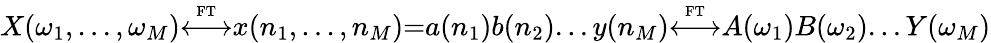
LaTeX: X(\omega_{1},...,\omega_{M}){\overset{\underset{\mathrm{FT}}{}}{\longleftrightarrow}}x(n_{1},...,n_{M}){=}a(n_{1})b(n_{2})...y(n_{M}){\overset{\underset{\mathrm{FT}}{}}{\longleftrightarrow}}A(\omega_{1})B(\omega_{2})...Y(\omega_{M})